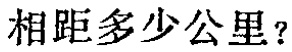
相距多少公里？